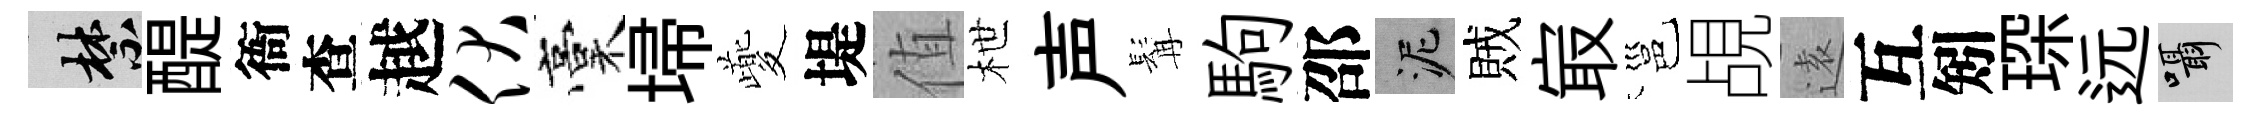
禁醍衙查越伏稾埽夔堤值枻声髯駒邵泥賊㝡邕覘逺互矧琛远囁